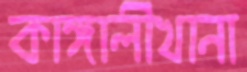
কাঙ্গালীখানা